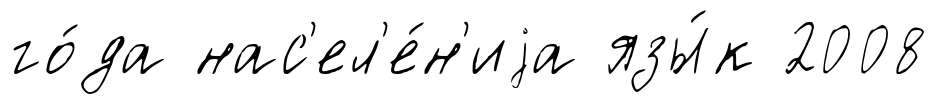
го́да нас'ел'е́н'иjа язы́к 2008